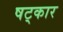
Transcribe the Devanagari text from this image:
षट्‌कार